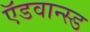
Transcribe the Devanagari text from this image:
ऍडवान्स्ड